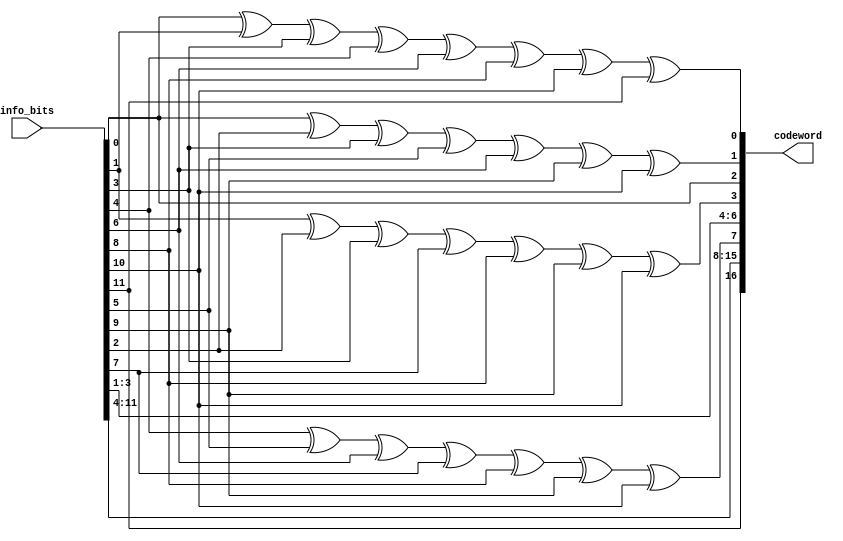
`timescale 1ns/100ps
module ham_enc(info_bits, codeword);
input [11:0]info_bits;
output [16:0]codeword;

assign codeword[2] = info_bits[0];
assign codeword[4] = info_bits[1];
assign codeword[5] = info_bits[2];
assign codeword[6] = info_bits[3];
assign codeword[8] = info_bits[4];
assign codeword[9] = info_bits[5];
assign codeword[10] = info_bits[6];
assign codeword[11] = info_bits[7];
assign codeword[12] = info_bits[8];
assign codeword[13] = info_bits[9];
assign codeword[14] = info_bits[10];
assign codeword[16] = info_bits[11];

assign codeword[0] = info_bits[0]^info_bits[1]^info_bits[3]^info_bits[4]^info_bits[6]^info_bits[8]^info_bits[10]^info_bits[11];
assign codeword[1] = info_bits[0]^info_bits[2]^info_bits[3]^info_bits[5]^info_bits[6]^info_bits[9]^info_bits[10];
assign codeword[3] = info_bits[1]^info_bits[2]^info_bits[3]^info_bits[7]^info_bits[8]^info_bits[9]^info_bits[10];
assign codeword[7] = info_bits[4]^info_bits[5]^info_bits[6]^info_bits[7]^info_bits[8]^info_bits[9]^info_bits[10];
assign codeword[15] = info_bits[11];


endmodule